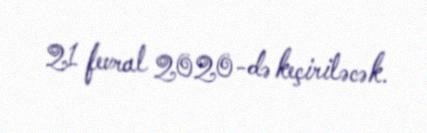
21 fevral 2020-də keçiriləcək.